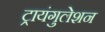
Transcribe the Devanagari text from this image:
ट्रायंगुलेशन